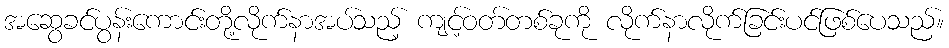
အဆွေခင်ပွန်းကောင်းတို့လိုက်နာအပ်သည့် ကျင့်ဝတ်တစ်ခုကို လိုက်နာလိုက်ခြင်းပင်ဖြစ်ပေသည်။